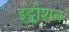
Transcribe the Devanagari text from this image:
इंट्वीशन